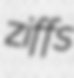
ziffs